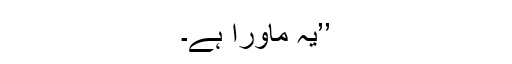
’’یہ ماورا ہے۔